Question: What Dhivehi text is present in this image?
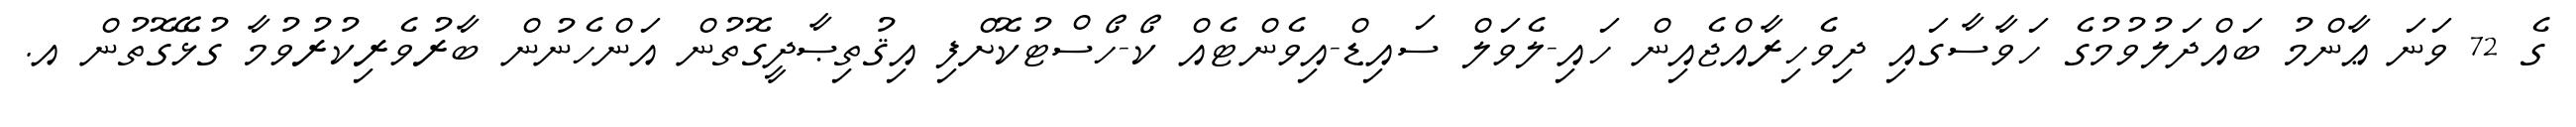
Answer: ގެ 72 ވަނަ ޢާންމު ބައްދަލުވުމުގެ ހަވާސާގައި ދިވެހިރާއްޖެއިން ހައި-ލެވަލް ސައިޑް-އިވެންޓެއް ކޯ-ހޯސްޓުކޮށްފި އިޤުތިޞާދީގޮތުން އަންހެނުން ބާރުވެރިކުރުވުމާ ގުޅޭގޮތުން އ.